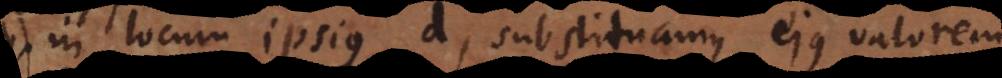
in locum ipsius d, substituamus ejus valorem